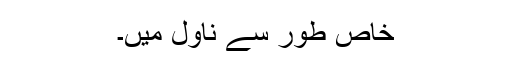
خاص طور سے ناول میں۔